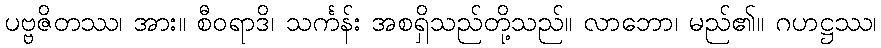
ပဗ္ဗဇိတဿ၊ အား။ စီဝရာဒိ၊ သင်္ကန်း အစရှိသည်တို့သည်။ လာဘော၊ မည်၏။ ဂဟဋ္ဌဿ၊